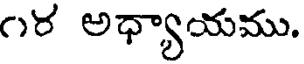
౧ర అధ్యాయము.